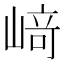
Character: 﨑